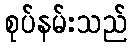
စုပ်နမ်းသည်